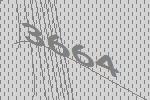
3664